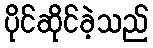
ပိုင်ဆိုင်ခဲ့သည်